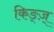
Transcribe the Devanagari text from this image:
किङ्ज़्